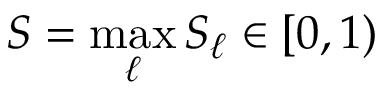
S = \operatorname* { m a x } _ { \ell } S _ { \ell } \in [ 0 , 1 )